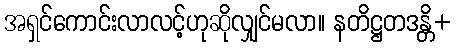
အရှင်ကောင်းလာလင့်ဟုဆိုလျှင်မလာ။ နတိဋ္ဌတဒန္တိ+